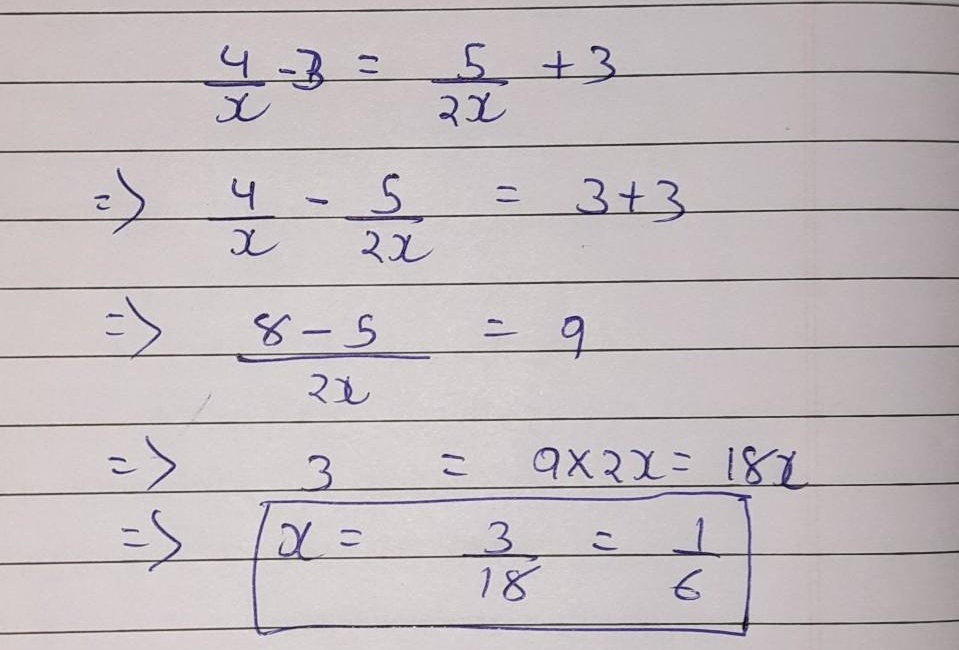
\[
\begin{align*}
\frac{4}{x}-3&=\frac{5}{2x}+3\\
\Rightarrow\frac{4}{x}-\frac{5}{2x}&=3 + 3\\
\Rightarrow\frac{8 - 5}{2x}&=9\\
\Rightarrow3&=9\times2x=18x\\
\Rightarrow x&=\frac{3}{18}=\frac{1}{6}
\end{align*}
\]